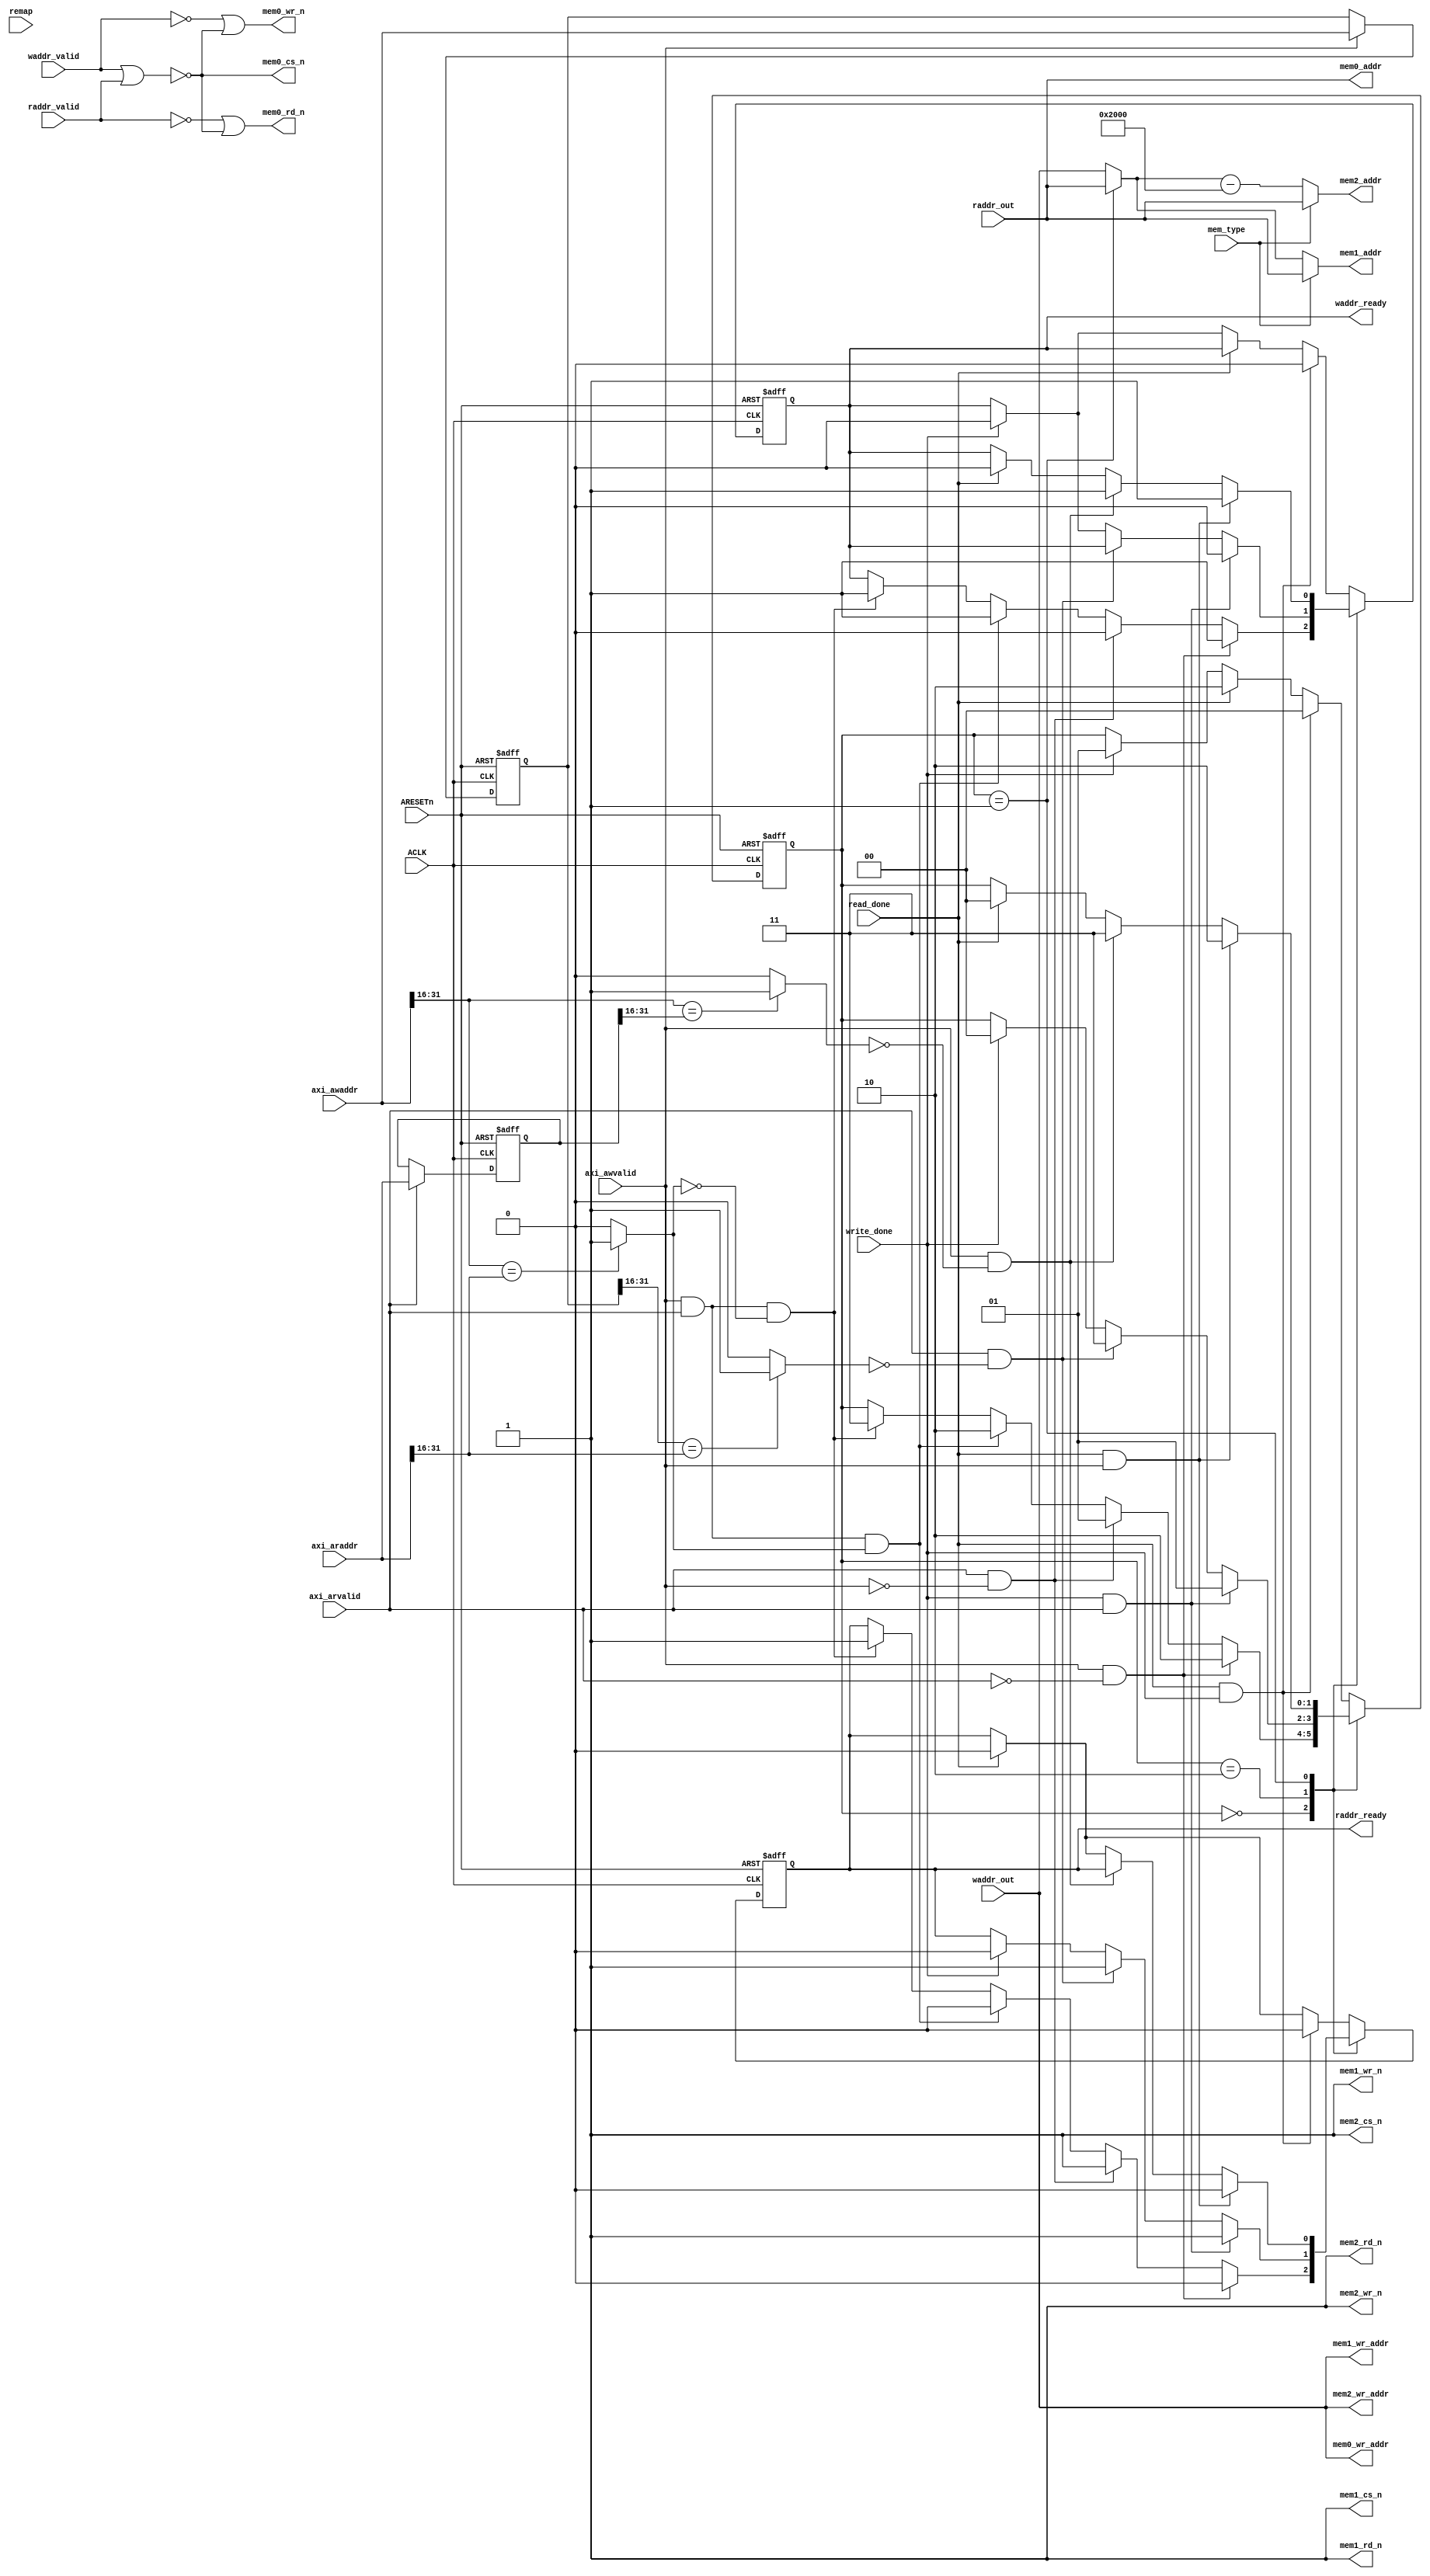
module IntMemArb (
                   // Global Signals
                   ACLK,
                   ARESETn,
                   mem_type,
                   read_done,
                   write_done,
                   remap,
                   
                   // Interface with write control module
                   waddr_valid,
                   axi_awvalid,
                   waddr_ready,
                   waddr_out,
                   axi_awaddr,
                   
                   // Interface with read control module
                   raddr_valid,
                   axi_arvalid,
                   raddr_ready,
                   raddr_out,
                   axi_araddr,
                   
                   // Interface with Local ram
                   mem0_cs_n,
                   mem0_wr_n,
                   mem0_rd_n,
                   mem0_addr,
                   mem0_wr_addr,
                   mem1_cs_n,
                   mem1_wr_n,
                   mem1_rd_n,
                   mem1_addr,
                   mem1_wr_addr,
                   mem2_cs_n,
                   mem2_wr_n,
                   mem2_rd_n,
                   mem2_addr,
                   mem2_wr_addr//, //Remove this comma, sli 2009/10/10
);
// Global Signals
input           ACLK;
input           ARESETn;
input           mem_type;
input           read_done;
input           write_done;
input           remap;

// Interface with write control module
input           axi_awvalid;
input           waddr_valid;
input  [31:0]   waddr_out; 
output          waddr_ready;
input  [31:0]   axi_awaddr;    

// Interface with read control module
input           axi_arvalid;
input           raddr_valid;
input  [31:0]   raddr_out;      
output          raddr_ready;
input  [31:0]   axi_araddr;   

// Interface with Local ram
output          mem0_cs_n;
output          mem0_wr_n;
output          mem0_rd_n;
output [31:0]   mem0_addr;
output [31:0]   mem0_wr_addr;

output          mem1_cs_n;
output          mem1_wr_n;
output          mem1_rd_n;
output [31:0]   mem1_addr;
output [31:0]   mem1_wr_addr;

output          mem2_cs_n;
output          mem2_wr_n;
output          mem2_rd_n;
output [31:0]   mem2_addr;
output [31:0]   mem2_wr_addr;

`define MEM_IDLE  2'b00
`define MEM_RD    2'b01
`define MEM_WR    2'b10
`define WR_WIN    1'b0
`define RD_WIN    1'b1

parameter IDLE   = 2'b00;
parameter RD     = 2'b01;
parameter WR     = 2'b10;
parameter RDWR   = 2'b11;


reg [31:0]  waddr;
reg [31:0]  raddr;  
wire        arb_c;
wire        arb_r;
wire        arb_w;
reg [1:0]   mem_status;
reg         waddr_ready;
reg         raddr_ready;
wire        sp_mem;    // 1'b0: single port ram, include rom; 1'b1: dual port ram
wire [31:0] mux_addr;
    

wire     mem_cs_n      = !( waddr_valid | raddr_valid );
wire     mem_bank0     = mem0_addr[20]; 
wire     mem_bank1     = !mem0_addr[20];
wire     mem_sub_bank0 = ~((mem0_addr[18:15]==4'h0)&(mem0_addr[14:12]==3'd0|mem0_addr[14:12]==3'd1));
wire     mem_sub_bank1 = ((mem0_addr[18:15]==4'h0)&(mem0_addr[14:12]==3'd0|mem0_addr[14:12]==3'd1));

//assign   mem0_cs_n    = remap ? (mem_cs_n | mem_bank1 ) : (mem_cs_n | mem_bank0); 
assign   mem0_cs_n    = mem_cs_n ; 
assign   mem0_wr_n    = (!waddr_valid) | mem0_cs_n;
assign   mem0_rd_n    = !raddr_valid | mem0_cs_n;
assign   mem0_wr_addr = waddr_out;

assign   mem1_cs_n    = 1'b1;//remap ? (mem_cs_n | mem_bank0 | mem_sub_bank0) : (mem_cs_n | mem_bank1 | mem_sub_bank0); 
assign   mem1_wr_n    = (!waddr_valid) | mem1_cs_n;
assign   mem1_rd_n    = (!raddr_valid) | mem1_cs_n;
assign   mem1_wr_addr = waddr_out;

assign   mem2_cs_n    = 1'b1;//remap ? (mem_cs_n | mem_bank0 | mem_sub_bank1) : (mem_cs_n | mem_bank1 | mem_sub_bank1); 
assign   mem2_wr_n    = (!waddr_valid) | mem2_cs_n;
assign   mem2_rd_n    = (!raddr_valid) | mem2_cs_n;
assign   mem2_wr_addr = waddr_out;


assign   mux_addr     = ( mem_status == `MEM_RD ) ? raddr_out  : waddr_out ; 
assign   sp_mem       = ( mem_type == 1'b0 );

assign   mem0_addr    = raddr_out;

//assign   mem0_addr    = sp_mem ? mux_addr : raddr_out;
assign   mem1_addr    = sp_mem ? mux_addr : raddr_out;
assign   mem2_addr    = sp_mem ? (mux_addr-14'h2000) : raddr_out;

always @(posedge ACLK or negedge ARESETn)begin
     if(!ARESETn) 
         waddr <=  32'b0;
     else if (axi_awvalid)
         waddr <= axi_awaddr;
end         

always @(posedge ACLK or negedge ARESETn)begin
     if(!ARESETn) 
         raddr <=  32'b0;
     else if (axi_arvalid)
         raddr <= axi_araddr;
end   

    assign arb_c =  (axi_awaddr[31:16] == axi_araddr[31:16]) ? 1'b1 : 1'b0;
    assign arb_w =  (axi_awaddr[31:16] == raddr[31:16]) ? 1'b1 : 1'b0;
    assign arb_r =  (waddr[31:16] == axi_araddr[31:16]) ? 1'b1 : 1'b0;



always @(posedge ACLK or negedge ARESETn)begin
     if(!ARESETn) begin
         waddr_ready   <= 1'b0;
         raddr_ready   <= 1'b0;
         mem_status    <= `MEM_IDLE;
     end 
     else case (mem_status)
        IDLE: begin
             if(axi_awvalid & !axi_arvalid) begin
                mem_status    <= WR;
                raddr_ready   <= 1'b0;
                waddr_ready   <= 1'b1;
             end
             else if(axi_arvalid & !axi_awvalid) begin
                mem_status    <= RD;
                waddr_ready   <= 1'b0;
                raddr_ready   <= 1'b1;
             end
             else if(axi_awvalid & axi_arvalid & arb_c) begin
                mem_status    <= WR;
                waddr_ready   <= 1'b1;
                raddr_ready   <= 1'b0;
             end
             else if(axi_awvalid & axi_arvalid & !arb_c) begin
                mem_status    <= RDWR;
                waddr_ready   <= 1'b1;
                raddr_ready   <= 1'b1;
             end
         end
         WR: begin
             if (write_done & axi_arvalid) begin
                mem_status    <= RD;
                waddr_ready   <= 1'b0;
                raddr_ready   <= 1'b1;
             end    
             else if(axi_arvalid & !arb_r) begin
                mem_status    <= RDWR;
                waddr_ready   <= waddr_ready;
                raddr_ready   <= 1'b1;
             end
             else if (write_done) begin
                mem_status    <= IDLE;
                waddr_ready   <= 1'b0;
                raddr_ready   <= 1'b0;
             end
         end
         RD: begin    
             if (read_done & axi_awvalid) begin
                mem_status    <= WR;
                waddr_ready   <= 1'b1;
                raddr_ready   <= 1'b0;
             end    
             else if(axi_awvalid & !arb_w) begin
                mem_status    <= RDWR;
                waddr_ready   <= 1'b1;
                raddr_ready   <= raddr_ready;
             end
             else if (read_done) begin
                mem_status    <= IDLE;
                waddr_ready   <= 1'b0;
                raddr_ready   <= 1'b0;
             end
         end
         default: begin    
             if(read_done & write_done) begin
                mem_status    <= IDLE;
                waddr_ready   <= 1'b0;
                raddr_ready   <= 1'b0;
             end
             else if (read_done ) begin
                mem_status    <= WR;
                waddr_ready   <= waddr_ready;
                raddr_ready   <= 1'b0;
             end    
             else if (write_done) begin
                mem_status    <= RD;
                waddr_ready   <= 1'b0;
                raddr_ready   <= raddr_ready;
             end
         end
    endcase
end
       
/*
always @(posedge ACLK or negedge ARESETn)begin
     if(!ARESETn) begin
         waddr_ready   <= 1'b0;
         raddr_ready   <= 1'b0;
         mem_status    <= `MEM_IDLE;
     end else if(!sp_mem)begin // No arbitration for DP ram
           mem_status    <= `MEM_IDLE;
           raddr_ready   <= 1'b1;
           waddr_ready   <= 1'b1;
     end else if(read_done & axi_awvalid )begin //Write occurs during read?
           mem_status    <= `MEM_WR;
           raddr_ready   <= 1'b0;
           waddr_ready   <= 1'b1;
     end else if(write_done & axi_arvalid )begin //Read occurs during write?
           mem_status    <= `MEM_RD;
           raddr_ready   <= 1'b1;
           waddr_ready   <= 1'b0;
     end else if(write_done & !axi_arvalid )begin //No Read occurs during write?
           mem_status    <= `MEM_IDLE;
           raddr_ready   <= 1'b0;
           waddr_ready   <= 1'b0;
     end else if(read_done & !axi_awvalid )begin //No Write occurs during read?
           mem_status    <= `MEM_IDLE;
           raddr_ready   <= 1'b0;
           waddr_ready   <= 1'b0;          
     end else if(axi_awvalid & !axi_arvalid & (mem_status == `MEM_IDLE)) begin // Grant write operation for SP ram
         mem_status    <= `MEM_WR;
         raddr_ready   <= 1'b0;
         waddr_ready   <= 1'b1;
     end else if(axi_arvalid & !axi_awvalid & (mem_status == `MEM_IDLE)) begin // Grant read operation for SP ram
         mem_status    <= `MEM_RD;
         waddr_ready   <= 1'b0;
         raddr_ready   <= 1'b1;
     end else if(axi_awvalid & axi_arvalid  & (mem_status == `MEM_IDLE)) begin // Write win now  for SP ram
           mem_status    <= `MEM_WR;
           raddr_ready   <= 1'b0;
           waddr_ready   <= 1'b1;
     end
end
*/
endmodule